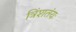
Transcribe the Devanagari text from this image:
त्रिंशतंयः